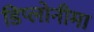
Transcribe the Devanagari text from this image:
डिप्लोनीमा